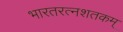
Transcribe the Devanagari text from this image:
भारतरत्नशतकम्